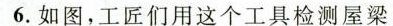
6.如图，工匠们用这个工具检测屋梁